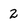
Character: 2